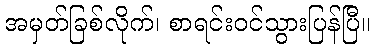
အမှတ်ခြစ်လိုက်၊ စာရင်းဝင်သွားပြန်ပြီ။